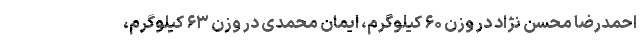
احمدرضا محسن نژاد در وزن ۶۰ کیلوگرم، ایمان محمدی در وزن ۶۳ کیلوگرم،